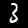
Digit: 3